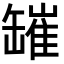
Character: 𦉎